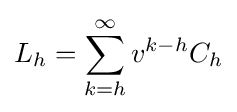
L_{h}=\sum _{k=h}^{\infty }v^{k-h}C_{h}